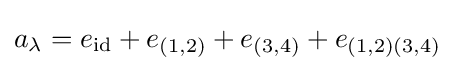
a_{\lambda }=e_{\text{id}}+e_{(1,2)}+e_{(3,4)}+e_{(1,2)(3,4)}